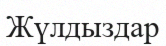
Жүлдыздар